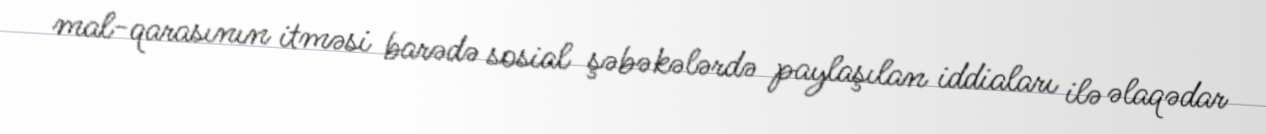
mal-qarasının itməsi barədə sosial şəbəkələrdə paylaşılan iddiaları ilə əlaqədar